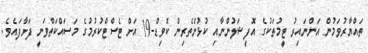
ތައްޔާރުވަމުން އަންނައިރު ޓީމުތަކުގެ އޮފިޝަލުންނާއި ކުޅުންތެރިން ކޮވިޑް-19 އަށް ޓެސްޓްކުރުމުގެ މަސައްކަތްވަނީ ފަށާފައެވެ.